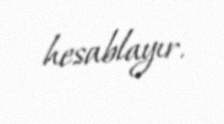
hesablayır.